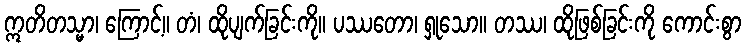
ဣတိတသ္မာ၊ ကြောင့်။ တံ၊ ထိုပျက်ခြင်းကို။ ပဿတော၊ ရှုသော။ တဿ၊ ထိုဖြစ်ခြင်းကို ကောင်းစွာ